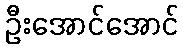
ဦးအောင်အောင်